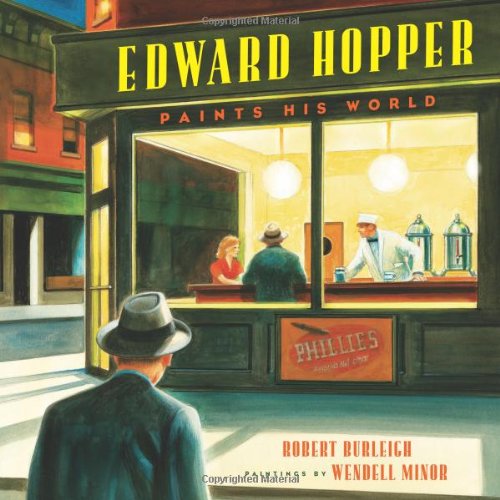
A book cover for Edward Hopper Paints His World; Robert Burleigh; Children's Books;